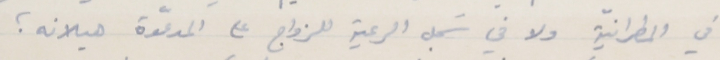
في المطرانيّة ولا في سَجل الرعية للزواج على المدعوّة هيلانه ؛